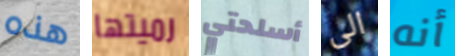
هذه رميتها أسلحتي الى أنه